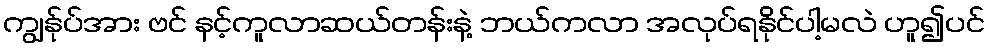
ကျွန်ုပ်အား ဗင် နင့်ကူလာဆယ်တန်းနဲ့ ဘယ်ကလာ အလုပ်ရနိုင်ပါ့မလဲ ဟူ၍ပင်